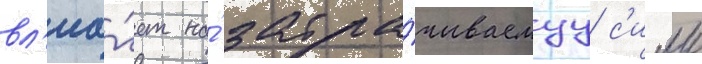
вл'иа́ет на́ затра́чиваемуу с'илу